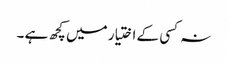
نہ کسی کے اختیار میں کچھ ہے ۔